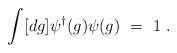
\begin{align*}\int [dg] \psi^{\dagger}(g)\psi(g)~=~1 \; .\end{align*}